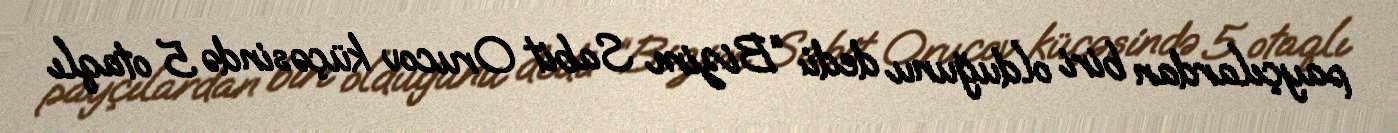
payçılardan biri olduğunu dedi: “Bizim Sabit Orucov küçəsində 5 otaqlı